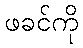
ဖခင်ကို